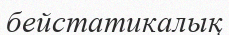
бейстатикалық